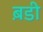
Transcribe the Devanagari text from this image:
ब़डी